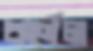
কর্ণেল